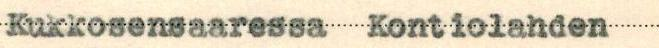
Kukkosensaaressa Kontiolahden